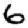
Digit: 6